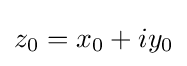
{\textstyle z_{0}=x_{0}+iy_{0}}